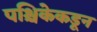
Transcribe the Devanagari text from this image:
पश्चिकेकडून